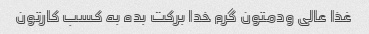
غذا عالی ودمتون گرم خدا برکت بده به کسب کارتون